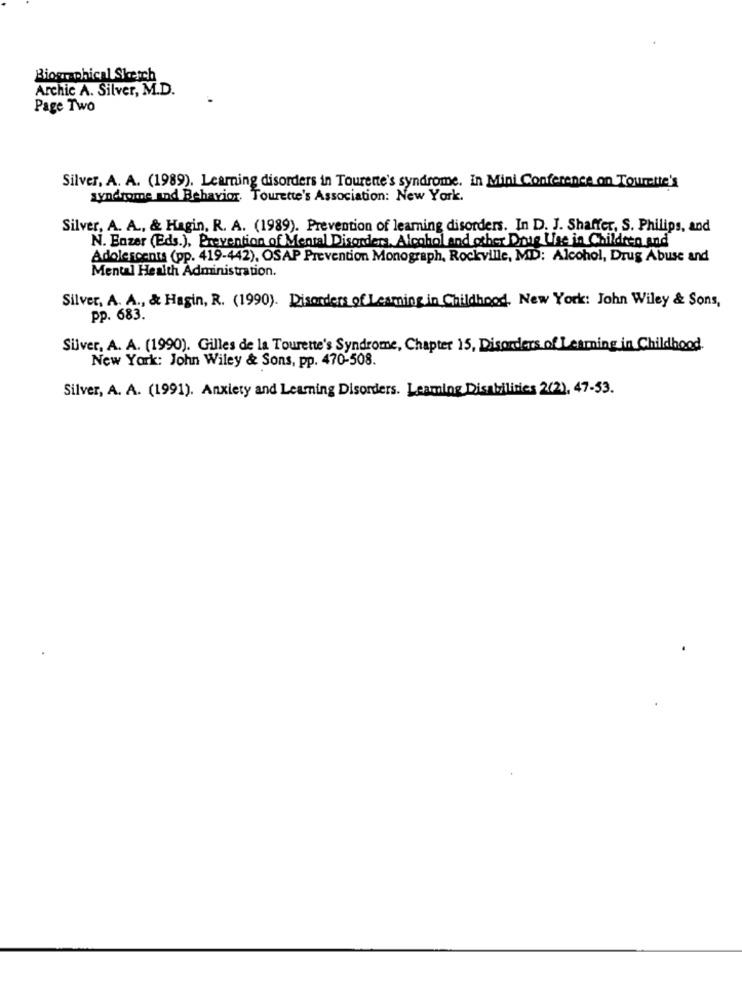
Biographical Sketch
Archic A. Silver, M.D.
Page Two
Silver, A. A. (1989). Learning disorders in Tourette's syndrome. in Mini Conference on Tourette's
syndrome and Behavior. Tourette's Association: New York.
Silver, A. A ., & Hagin, R. A. (1989). Prevention of learning disorders. In D. J. Shaffer, S. Philips, and
N. Enzer (Eds.), Prevention of Mental Disorders, Alcohol and other Drug Use in Children and
Adolescents (pp. 419-442), OSAP Prevention Monograph, Rockville, MD: Alcohol, Drug Abuse and
Mental Health Administration.
Silver, A. A ., & Hagin, R. (1990). Disorders of Leaming in Childhood, New York: John Wiley & Sons,
pp. 683.
Silver, A. A. (1990). Gilles de la Tourette's Syndrome, Chapter 15, Disorders of Learning in Childhood.
New York: John Wiley & Sons, pp. 470-508.
Silver, A. A. (1991). Anxiety and Learning Disorders. Leaming Disabilities 2(2), 47-53.